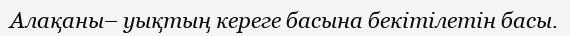
Алақаны– уықтың кереге басына бекітілетін басы.